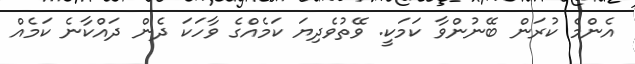
އެންމެ ކުރަން ބޭނުންވާ ކަމަކީ. ވޭތުވެދިޔަ ކަމެއްގެ ވާހަކަ ދެން ދައްކާނެ ކަމެއް